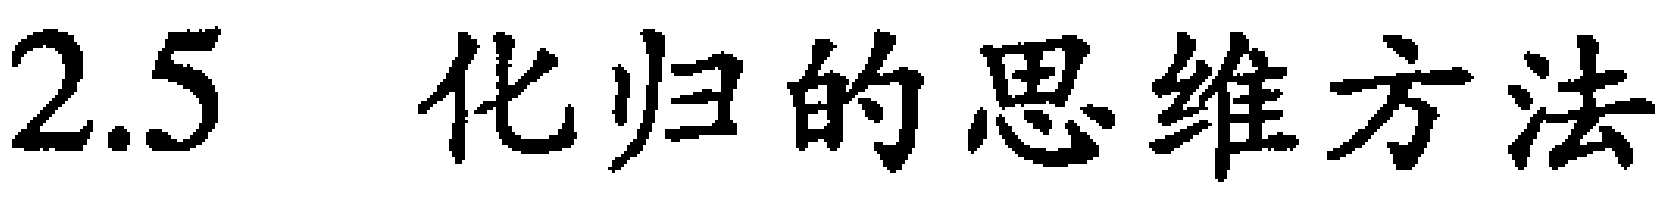
$2.5\ \ 化归的思维方法$